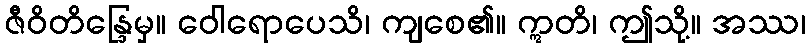
ဇီဝိတိန္ဒြေမှ။ ဝေါရောပေသိ၊ ကျစေ၏။ ဣတိ၊ ဤသို့။ အဿ၊